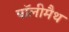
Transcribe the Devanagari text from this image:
पॉलीमैथ